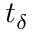
t _ { \delta }